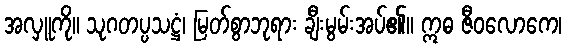
အလှူကို။ သုဂတပ္ပသဋ္ဌံ၊ မြတ်စွာဘုရား ချီးမွမ်းအပ်၏။ ဣဓ ဇီဝလောကေ၊